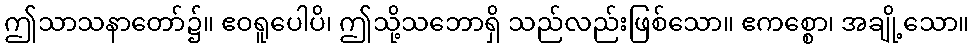
ဤသာသနာတော်၌။ ဧဝရူပေါပိ၊ ဤသို့သဘောရှိ သည်လည်းဖြစ်သော။ ဧကစ္စော၊ အချို့သော။